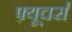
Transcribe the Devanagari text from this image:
फ़्यूचर्स